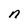
Character: n